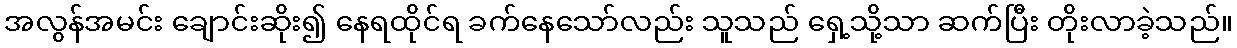
အလွန်အမင်း ချောင်းဆိုး၍ နေရထိုင်ရ ခက်နေသော်လည်း သူသည် ရှေ့သို့သာ ဆက်ပြီး တိုးလာခဲ့သည်။